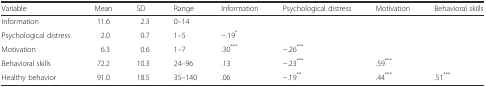
| Variable | Mean | SD | Range | Information | Psychological distress | Motivation | Behavioral skills |
 | --- | --- | --- | --- | --- | --- | --- | --- |
 | Information | 11.6 | 2.3 | 0–14 |  |  |  |  |
 | Psychological distress | 2.0 | 0.7 | 1–5 | −.19* |  |  |  |
 | Motivation | 6.3 | 0.6 | 1–7 | .30*** | −.26*** |  |  |
 | Behavioral skills | 72.2 | 10.3 | 24–96 | .13 | −.23*** | .59*** |  |
 | Healthy behavior | 91.0 | 18.5 | 35–140 | .06 | −.19** | .44*** | .51*** |